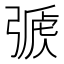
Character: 𢐏